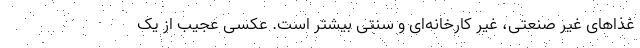
غذاهای غیر صنعتی، غیر کارخانه‌ای و سنتی بیشتر است. عکسی عجیب از یک